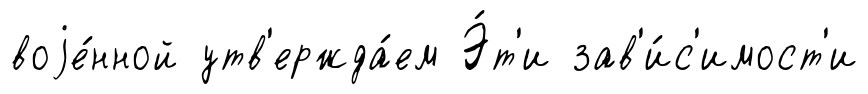
воjе́нной утв'ержда́ем Э́т'и зав'и́с'имост'и